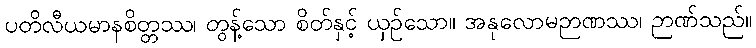
ပတိလီယမာနစိတ္တဿ၊ တွန့်သော စိတ်နှင့် ယှဉ်သော။ အနုလောမဉာဏဿ၊ ဉာဏ်သည်။